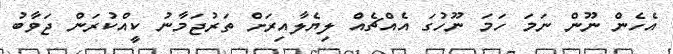
އެހެން ނޫން ނަމަ ހަމަ ނޫހުގަ އެއްޗެއް ލިޔެލާއިރަށް ތަރުޖަމާނު ކީއްކުރަން ޖަވާބު